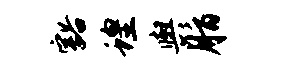
豁蝗舆脂